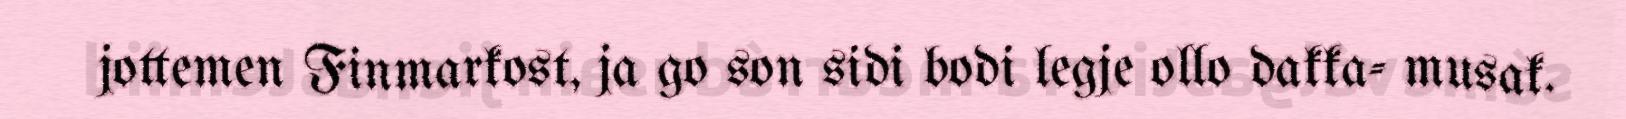
jottemen Finmarkost, ja go son sidi bodi legje ollo dakka- musak.